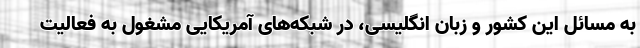
به مسائل این کشور و زبان انگلیسی، در شبکه‌های آمریکایی مشغول به فعالیت